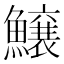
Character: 𱇂